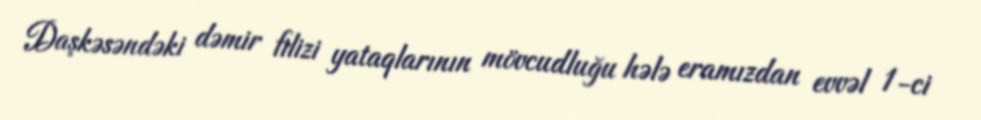
Daşkəsəndəki dəmir filizi yataqlarının mövcudluğu hələ eramızdan evvəl 1-ci